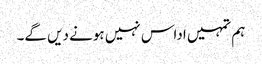
ہم تمہیں اداس نہیں ہونے دیں گے۔